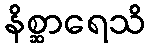
နိစ္ဆာရေသိ